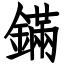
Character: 鏋